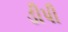
ડીપી